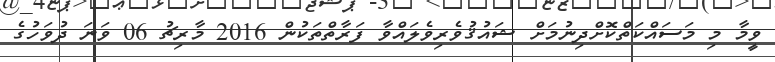
ވީމާ މި މަސައްކަތްކޮށްދިނުމަށް ޝައުޤުވެރިވެލައްވާ ފަރާތްތަކުން 2016 މާރިޗު 06 ވަނަ ދުވަހުގެ